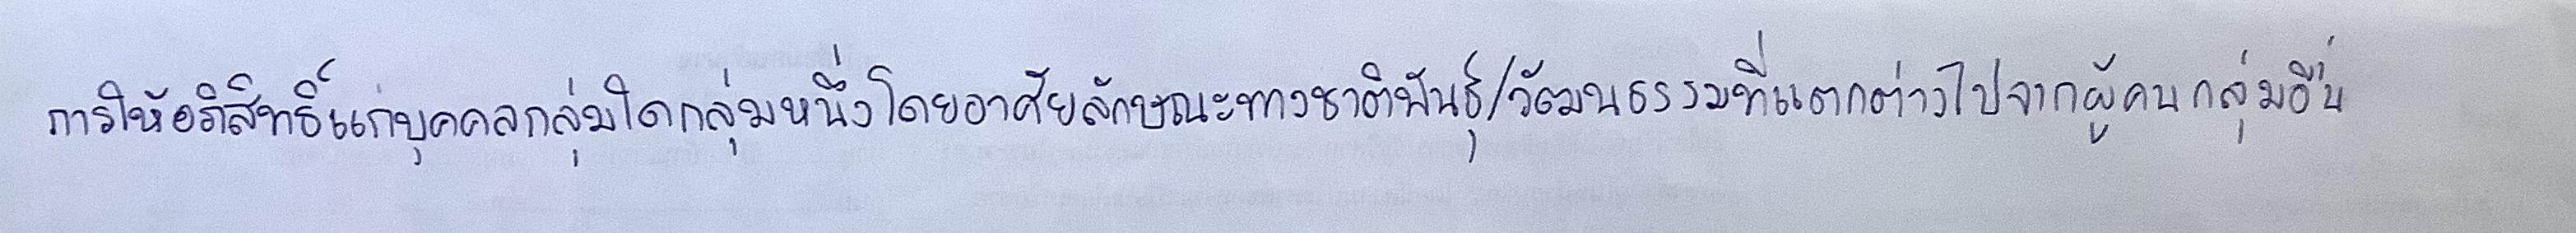
การให้อภิสิทธิ์แก่บุคคลกลุ่มใดกลุ่มหนึ่งโดยอาศัยลักษณะทางชาติพันธุ์/วัฒนธรรมที่แตกต่างไปจากผู้คนกลุ่มอื่น